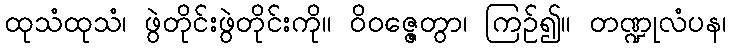
ထုသံထုသံ၊ ဖွဲတိုင်းဖွဲတိုင်းကို။ ဝိဝဇ္ဇေတွာ၊ ကြဉ်၍။ တဏ္ဍုလံပန၊